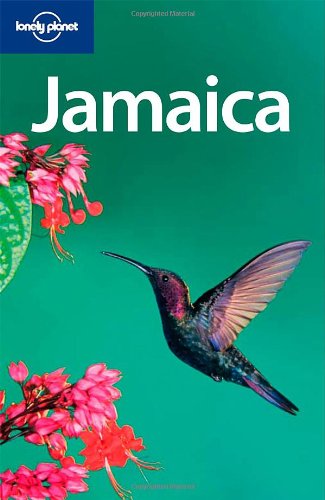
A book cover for Lonely Planet Jamaica (Country Travel Guide); Richard Koss; Travel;